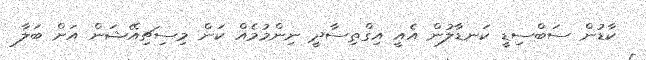
ކާޑުން ސަބްސިޑީ ކަނޑާލުން އެއީ އިގްތިސާދީ ނިންމުމެއް ކަން މިސިޗިއޭޝަން އަށް ބަލާ